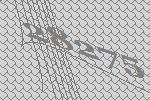
28275